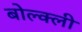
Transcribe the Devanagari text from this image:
बोल्क्ली